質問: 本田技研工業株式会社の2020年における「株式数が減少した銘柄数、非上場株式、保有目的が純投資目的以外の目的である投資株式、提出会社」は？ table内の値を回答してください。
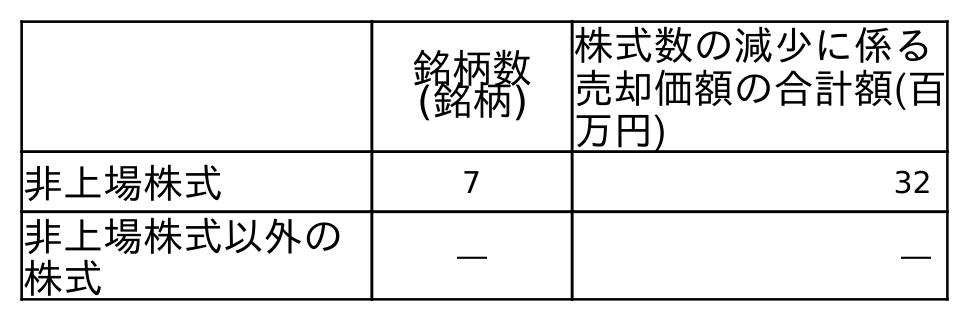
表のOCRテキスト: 銘柄数 (銘柄) 株式数の減少に係る 売却価額の合計額(百 万円) 非上場株式 7 32 非上場株式以外の 株式 ― ―
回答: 7